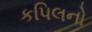
કપિલનો